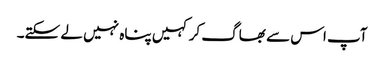
آپ اس سے بھاگ کر کہیں پناہ نہیں لے سکتے۔